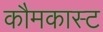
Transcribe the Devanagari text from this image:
कौमकास्ट